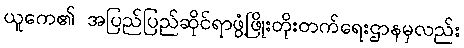
ယူကေ၏ အပြည်ပြည်ဆိုင်ရာဖွံ့ဖြိုးတိုးတက်ရေးဌာနမှလည်း